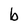
Character: b